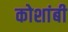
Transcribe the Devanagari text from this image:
कोशांबी